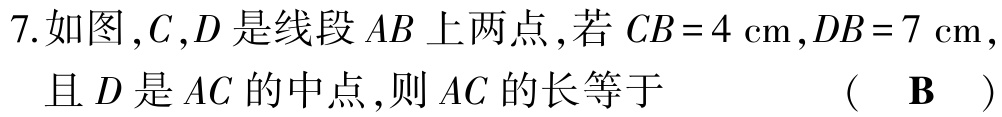
7.如图，\(C,D\)是线段\(AB\)上两点，若\(CB = 4\mathrm{cm},DB = 7\mathrm{cm}\)，且\(D\)是\(AC\)的中点，则\(AC\)的长等于 （ \(\mathbf{B}\) ）